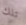
تلك